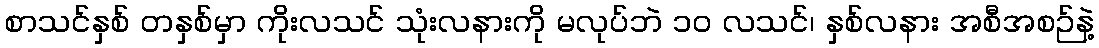
စာသင်နှစ် တနှစ်မှာ ကိုးလသင် သုံးလနားကို မလုပ်ဘဲ ၁၀ လသင်၊ နှစ်လနား အစီအစဉ်နဲ့